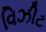
વિઝીટ